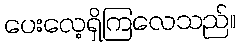
ပေးလေ့ရှိကြလေသည်။